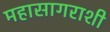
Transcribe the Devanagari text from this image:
महासागराशी